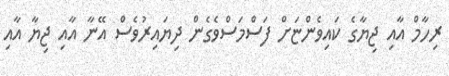
ރިހާމް އާއި ޖިޔާގެ ކައިވެންޏަށް ފަސްމަސްވެގެން ދިޔައިރުވެސް އޭނާ އާއި ޖިޔާ އާއި